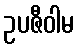
ဥပဇီဝါမ